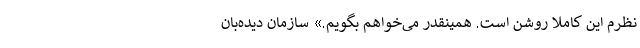
نظرم این کاملاً روشن است. همینقدر می‌خواهم بگویم.» سازمان دیده‌بان